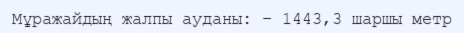
Мұражайдың жалпы ауданы: – 1443,3 шаршы метр